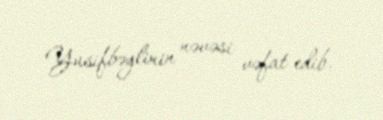
Yusifbəylinin nəvəsi vəfat edib.